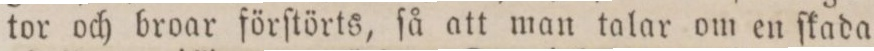
tor och broar förſtörts, ſå att man talar om en ſkada